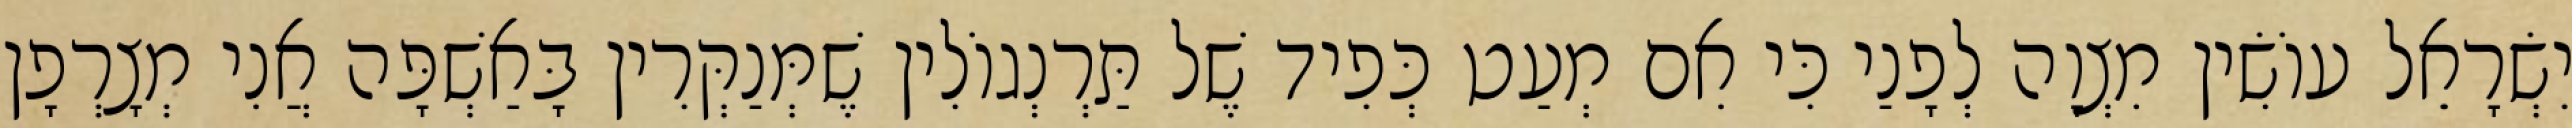
יִשְׂרָאֵל עוֹשִׂין מִצְוָה לְפָנַי כִּי אִם מְעַט כְּפִיד שֶׁל תַּרְנְגוֹלִין שֶׁמְּנַקְּרִין בָּאַשְׁפָּה אֲנִי מְצָרְפָן